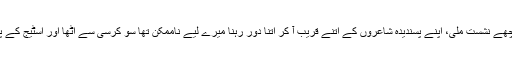
پنڈال میں پہنچے تو وہاں تل دھرنے کی بھی جگہ نہیں تھی اور مجھے بہت پیچھے نشست ملی، اپنے پسندیدہ شاعروں کے اتنے قریب آ کر اتنا دُور رہنا میرے لیے ناممکن تھا سو کرسی سے اٹھا اور اسٹیج کے پاس جا کر کھڑا ہو گیا اور تین چار گھنٹے تک سارا مشاعرہ کھڑے ہو کر سنا۔